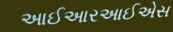
આઈઆરઆઈએસ